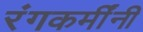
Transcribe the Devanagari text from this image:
रंगकर्मींनी